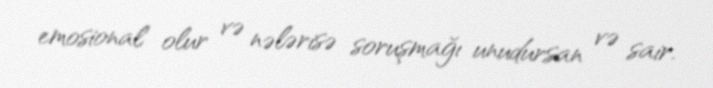
emosional olur və nələrisə soruşmağı unudursan və sair.